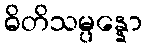
ဓိတိသမ္ပန္နော